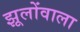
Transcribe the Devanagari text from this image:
झूलोंवाला